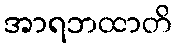
အာရဘထာတိ